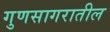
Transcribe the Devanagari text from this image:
गुणसागरातील